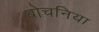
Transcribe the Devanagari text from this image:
बोचनिया